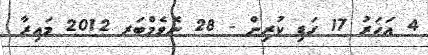
4 އަހަރު 17 ގަޑި ކުރިން - 28 ނޮވެމްބަރ 2012 މައިރާ